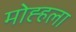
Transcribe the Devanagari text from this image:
मोह्हला